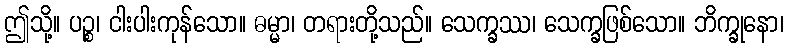
ဤသို့။ ပဉ္စ၊ ငါးပါးကုန်သော။ ဓမ္မာ၊ တရားတို့သည်။ သေက္ခဿ၊ သေက္ခဖြစ်သော။ ဘိက္ခုနော၊